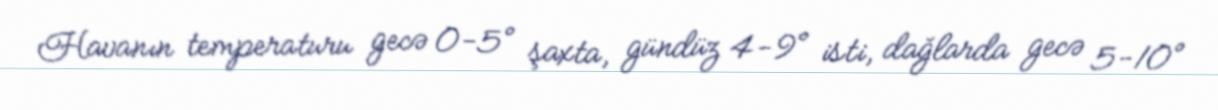
Havanın temperaturu gecə 0-5° şaxta, gündüz 4-9° isti, dağlarda gecə 5-10°